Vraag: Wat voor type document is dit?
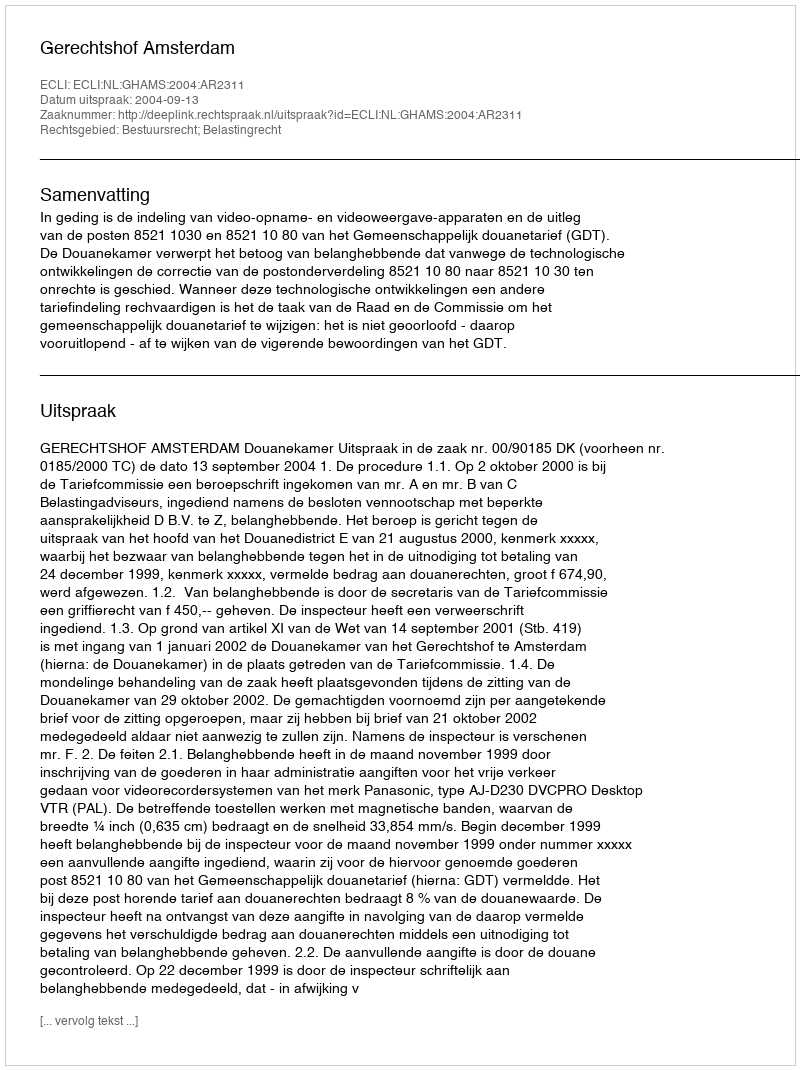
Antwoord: Uitspraak